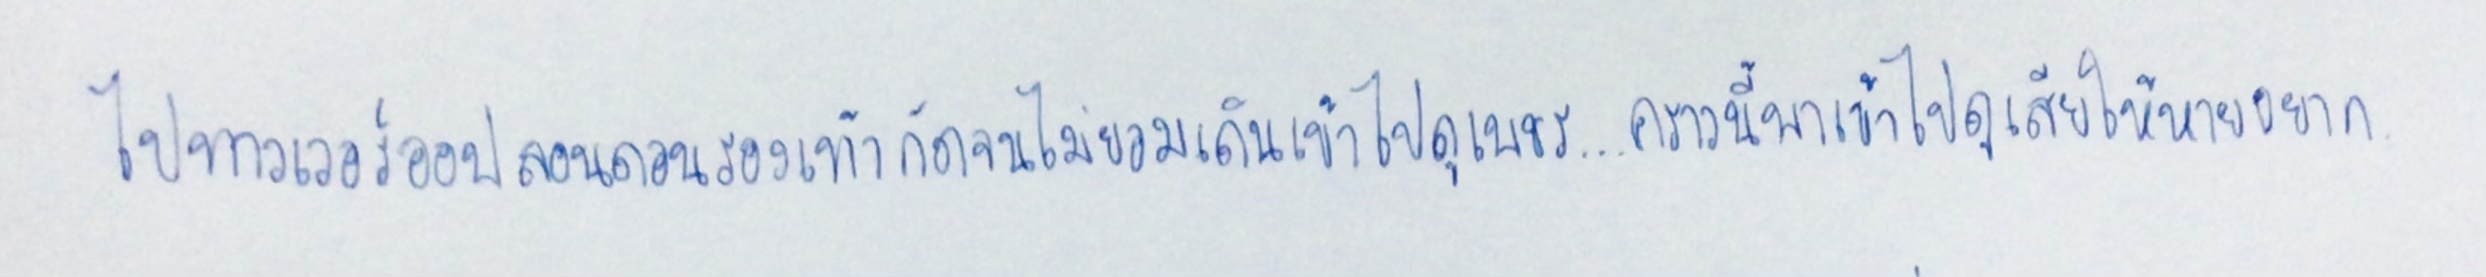
"ไปทาวเวอร์ออฟลอนดอนรองเท้ากัดจนไม่ยอมเดินเข้าไปดูเพชร...คราวนี้พาเขาเข้าไปดูเสียให้หายอยาก